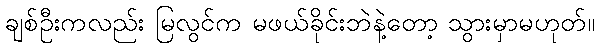
ချစ်ဦးကလည်း မြလွင်က မဖယ်ခိုင်းဘဲနဲ့တော့ သွားမှာမဟုတ်။